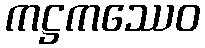
ကဋ္ဌကဿေဝ